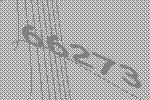
66273